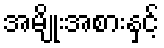
အမျိုးအစားနှင့်